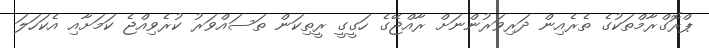
ޕްރޮގްރާމްތަކުގެ ތެރެއިން ދަރިވަރުންނަށް ރާއްޖޭގެ ހަގީގީ ރީތިކަން ތަސައްވަރު ކުރެވިއްޖެ ކަމަށާއި އެކަހަލަ